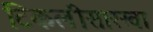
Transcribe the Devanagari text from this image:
टिकलीसारखा